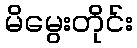
မိမွေးတိုင်း